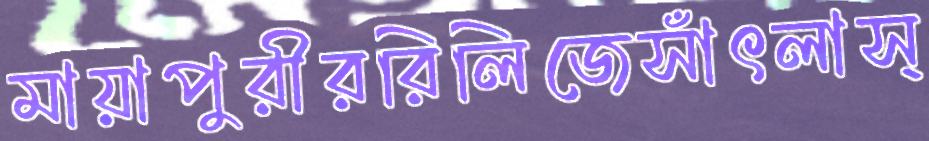
মায়াপুরীররিলিজেসাঁৎলাস্